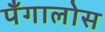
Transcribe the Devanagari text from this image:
पँगालोस